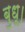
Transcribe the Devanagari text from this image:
बुधू।